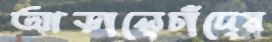
আড়ালেচাঁদের